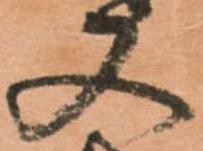
又